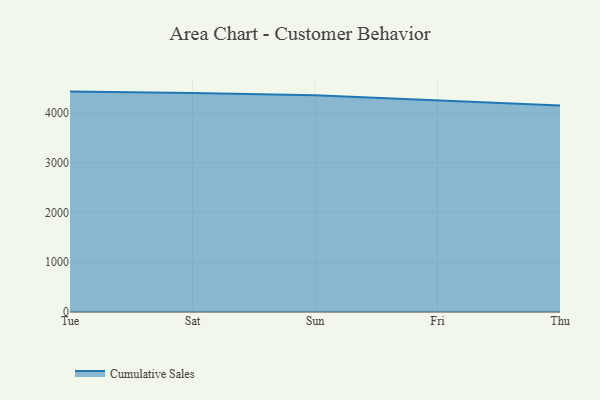
{"axis": {"x": "Day", "y": "Conversion Rate (%)"}, "legend": ["Cumulative Sales"], "data": [{"x": "Tue", "y": 4432.5, "type": "Cumulative Sales"}, {"x": "Sat", "y": 4403.2, "type": "Cumulative Sales"}, {"x": "Sun", "y": 4357.2, "type": "Cumulative Sales"}, {"x": "Fri", "y": 4252.3, "type": "Cumulative Sales"}, {"x": "Thu", "y": 4151.6, "type": "Cumulative Sales"}]}